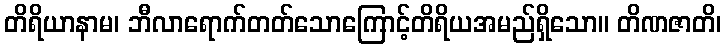
တိရိယာနာမ၊ ဘီလာရောက်တတ်သောကြောင့်တိရိယအမည်ရှိသော။ တိဏဇာတိ၊